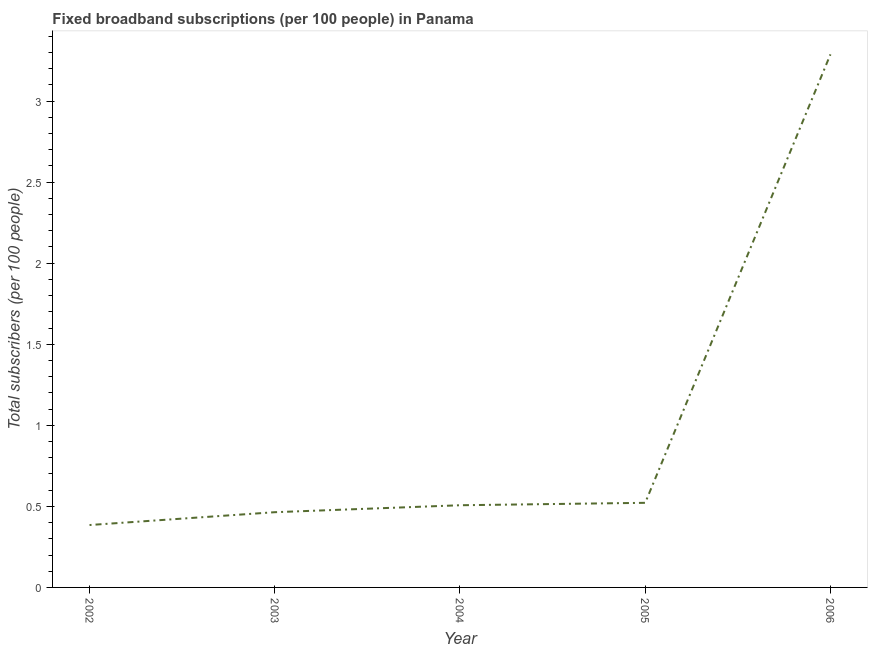
| Year | Fixed broadband subscriptions (per 100 people) |
 | --- | --- |
 | 2002 | 0.385 |
 | 2003 | 0.464 |
 | 2004 | 0.507 |
 | 2005 | 0.522 |
 | 2006 | 3.29 |